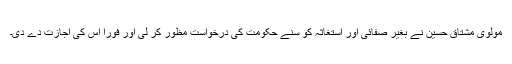
مولوی مشتاق حسین نے بغیر صفائی اور استغاثہ کو سنے حکومت کی درخواست مظور کر لی اور فوراََ اس کی اجازت دے دی۔